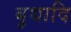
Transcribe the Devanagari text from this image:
बुधादि